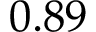
0 . 8 9